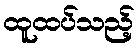
ထူထပ်သည့်